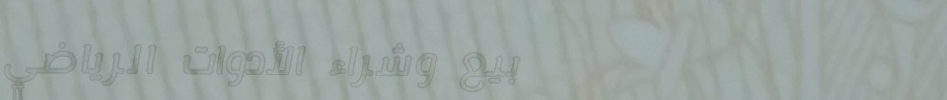
بيع وشراء الأدوات الرياضي